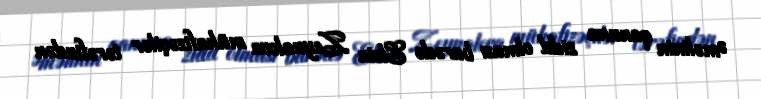
Əməlinin qanuna zidd olması barədə Elvin Zeynalova mühafizəçilər tərəfindən